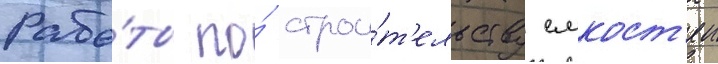
Рабо́ты по́ строи́т'ельству емкост'еи